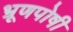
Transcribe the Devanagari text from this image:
भ्रूणपोषी